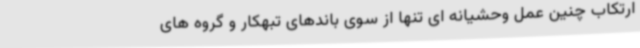
ارتکاب چنین عمل وحشیانه ای تنها از سوی باندهای تبهکار و گروه های